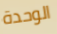
الوحدة